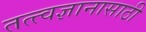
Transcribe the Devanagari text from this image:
तत्त्वज्ञानासाठी